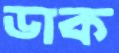
ডাক